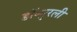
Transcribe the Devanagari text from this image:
डॉ॰मुरली